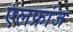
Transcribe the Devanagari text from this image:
एलफ्रांज